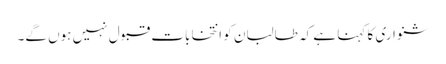
شنواری کا کہنا ہے کہ طالبان کو انتخابات قبول نہیں ہوں گے۔